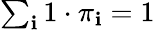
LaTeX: \textstyle\sum_{\mathbf{i}}1\cdot\pi_{\mathbf{i}}=1